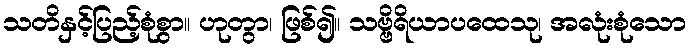
သတိနှင့်ပြည့်စုံစွာ။ ဟုတွာ၊ ဖြစ်၍။ သဗ္ဗိရိယာပထေသု၊ အလုံးစုံသော